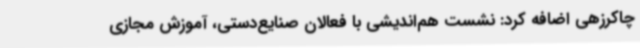
چاکرزهی اضافه کرد: نشست هم‌اندیشی با فعالان صنایع‌دستی، آموزش مجازی